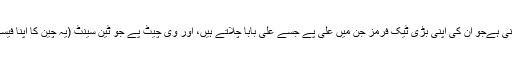
چین کا نیا نظام ایک ڈیجیٹل ویلٹ ، کیو آر کوڈ، پر مبنی ہےجو ان کی اپنی بڑی ٹیک فرمز جن میں علی پے جسے علی بابا چلاتے ہیں، اور وی چیٹ پے جو ٹین سینٹ (یہ چین کا اپنا فیسک بک ہے)کے ذریعے چلائی جا رہی ہے شامل ہیں۔